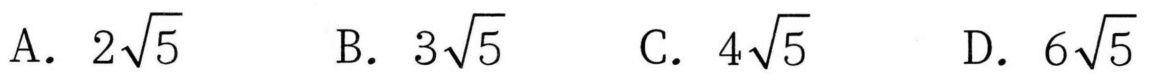
A. \(2\sqrt{5}\)  B. \(3\sqrt{5}\)  C. \(4\sqrt{5}\)  D. \(6\sqrt{5}\)